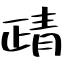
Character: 靕